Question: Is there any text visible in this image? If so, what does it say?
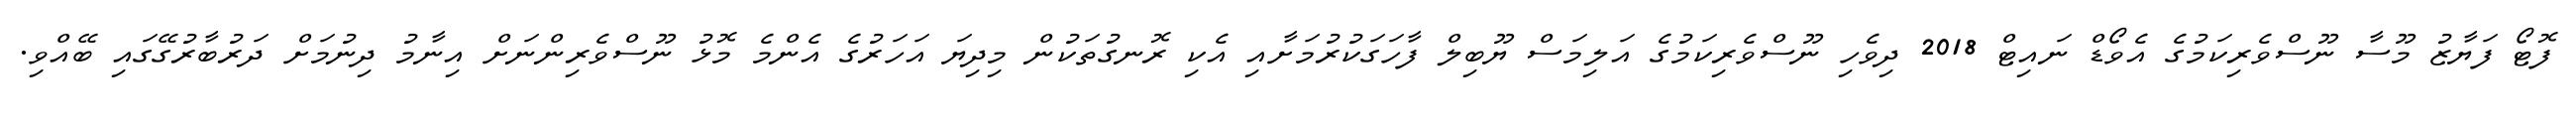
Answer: ފޮޓޯ ފަޔާޒު މޫސާ ނޫސްވެރިކަމުގެ އެވޯޑް ނައިޓް 2018 ދިވެހި ނޫސްވެރިކަމުގެ އަލިމަސް ޔޫބިލް ފާހަގަކުރުމަށާއި އެކި ރޮނގުތަކުން މިދިޔަ އަހަރުގެ އެންމެ މޮޅު ނޫސްވެރިންނަށް އިނާމު ދިނުމަށް ދަރުބާރުގޭގައި ބޭއްވި.